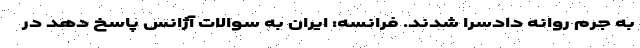
به جرم روانه دادسرا شدند. فرانسه: ایران به سوالات آژانس پاسخ دهد در